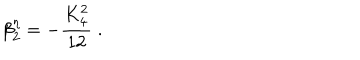
\beta _ { 2 } ^ { \eta } = - \frac { K _ { 4 } ^ { 2 } } { 1 2 } \; .